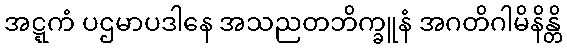
အဋ္ဋကံ ပဌမာပဒါနေ အသညတဘိက္ခူနံ အဂတိဂါမိနိန္တိ